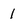
Character: l